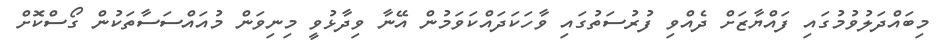
މިބައްދަލުވުމުގައި ފައްޔާޒަށް ދެއްވި ފުރުސަތުގައި ވާހަކަދައްކަވަމުން އޭނާ ވިދާޅުވީ މިނިވަން މުއައްސަސާތަކުން ގޯސްކޮށް